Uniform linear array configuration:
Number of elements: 64
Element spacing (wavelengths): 0.75
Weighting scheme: kaiser
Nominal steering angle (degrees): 30
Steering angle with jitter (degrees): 29.502
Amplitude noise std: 0.05
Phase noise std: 0.05

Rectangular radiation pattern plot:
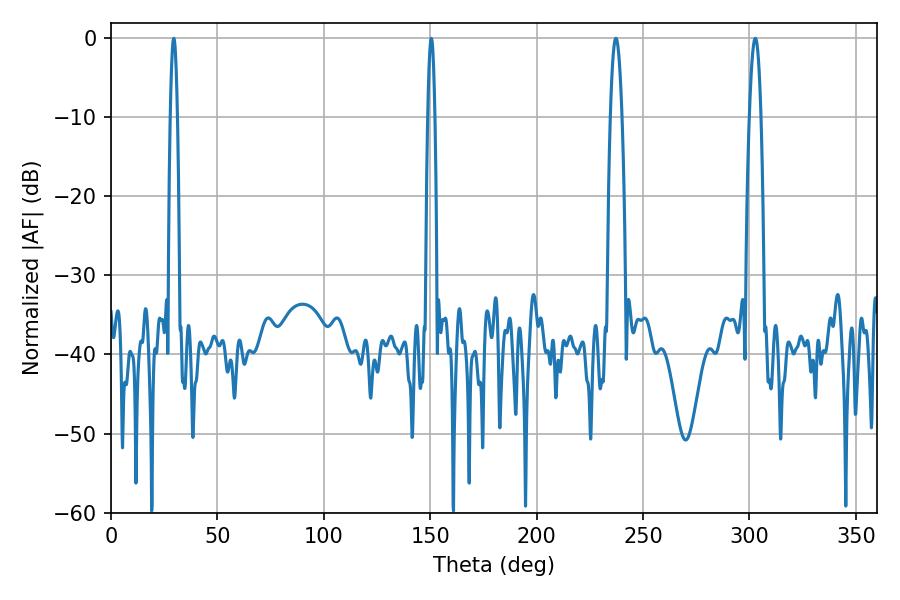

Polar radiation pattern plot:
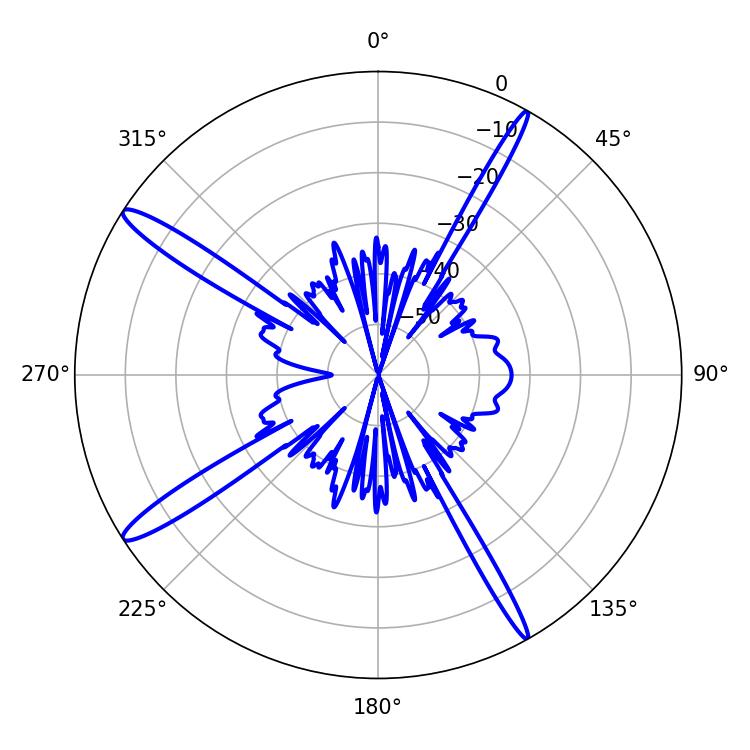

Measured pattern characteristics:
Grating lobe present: TRUE
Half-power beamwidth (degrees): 2.88
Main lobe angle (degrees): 302.76